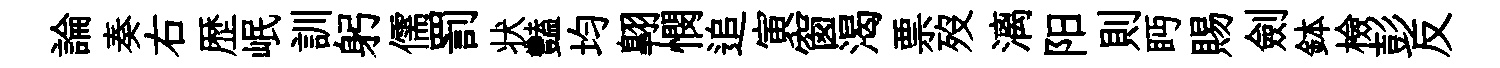
論奏右歴岷訓躬儒罰状豔均翺憫追寅窗渴票歿漓阳則眄賜劍鉢檢彭反